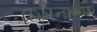
ચિમનાબાઇ